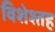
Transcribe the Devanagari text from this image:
विशेश्तह